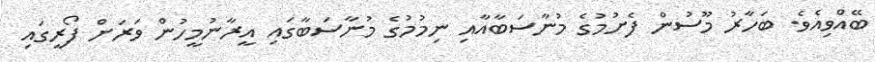
ބޭއްވިއެވެ. ބަހާރު މޫސުން ފެށުމުގެ މުނާސަބާއާއި ނިމުމުގެ މުނާސަބާގައި އީރާނުމީހުން ވަރަށް ފޯރީގައި